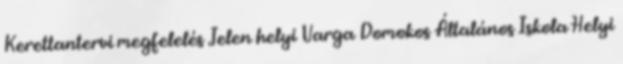
Kerettantervi megfelelés Jelen helyi Varga Domokos Általános Iskola Helyi